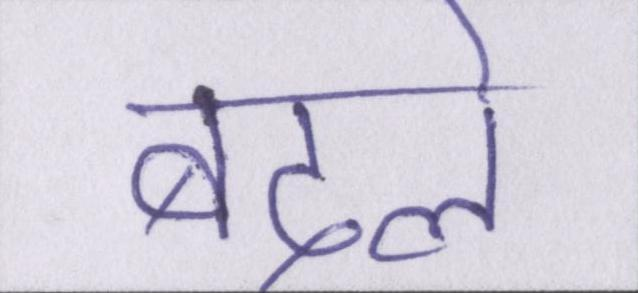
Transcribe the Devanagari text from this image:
बदले